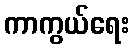
ကာကွယ်ရေး